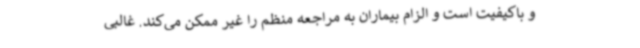
و باکیفیت است و الزام بیماران به مراجعه منظم را غیر ممکن می‌کند. غالبی